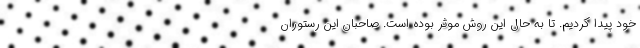
خود پیدا کردیم. تا به حال این روش موثر بوده است. صاحبان این رستوران